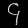
Digit: ၄